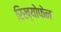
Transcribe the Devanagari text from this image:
रिख्योफेन